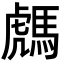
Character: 𩤌